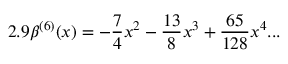
2 . 9 \beta ^ { ( 6 ) } ( x ) = - \frac { 7 } { 4 } x ^ { 2 } - \frac { 1 3 } { 8 } x ^ { 3 } + \frac { 6 5 } { 1 2 8 } x ^ { 4 } . . .